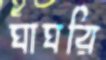
ঘাঘরি